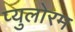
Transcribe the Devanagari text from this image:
प्युलोरम